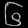
Digit: ၆